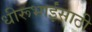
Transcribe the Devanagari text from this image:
धीरूभाईंसाठी